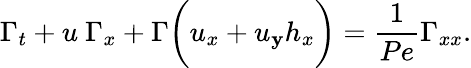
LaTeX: \Gamma_{t}+u~\Gamma_{x}+\Gamma\biggl(u_{x}+u_{\mathbf{y}}h_{x}\biggr)=\frac{{1}}{{Pe}}\Gamma_{xx}.